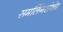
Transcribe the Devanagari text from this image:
समलिंगसंबंध